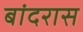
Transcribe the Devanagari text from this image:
बांदरास